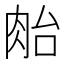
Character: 𰮜